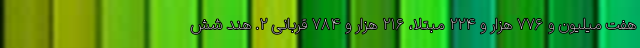
هفت میلیون و ۷۷۶ هزار و ۲۲۴ مبتلا، ۲۱۶ هزار و ۷۸۴ قربانی ۲. هند شش